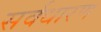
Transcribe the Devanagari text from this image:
सर्वधारण